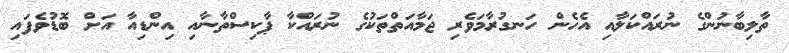
ތާލިބާނުންގެ ނުރައްކަލާއި އެހެން ހަނގުރާމަވެރި ޖަމާއަތްތަކުގެ ނުރައްކާ ޕާކިސްތާނާއި އިންޑިއާ އަށް ބޮޑުވެފައި